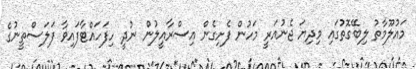
މައުލޫމާތު ލިބޭގޮތުގައި މިދިޔަ ޖެނުއަރީ މަހުން ފެށިގެން އިސްރާއީލުން ނުދީ ހިފަހައްޓާފައިވާ ފަލަސްތީނުގެ